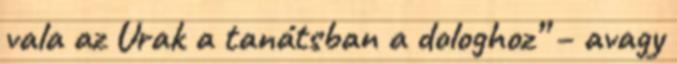
vala az Urak a tanátsban a dologhoz” – avagy